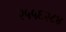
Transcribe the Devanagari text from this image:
२५५६२८४